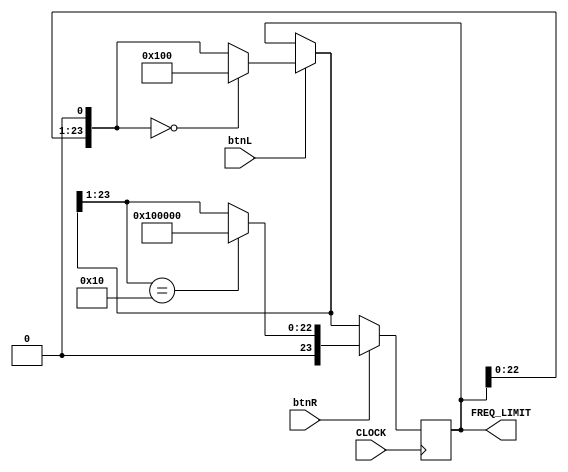
module modify_frequency(
    input CLOCK,
    input btnR,
    input btnL,
    
    output reg [23:0] FREQ_LIMIT
    );
    
    reg [23:0] FREQ_LIMIT = 24'h001000;
    
    always @ (posedge CLOCK) begin
        
      if(btnL) begin
        FREQ_LIMIT = FREQ_LIMIT << 1;
        if(FREQ_LIMIT == 24'h000000)
          FREQ_LIMIT = 24'h000100;
      end
            
      if(btnR) begin
        FREQ_LIMIT = FREQ_LIMIT >> 1;
        if(FREQ_LIMIT == 24'h000010)
          FREQ_LIMIT = 24'h100000;
      end
         
    end
    
endmodule